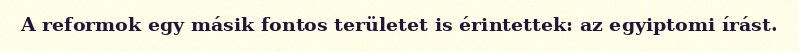
A reformok egy másik fontos területet is érintettek: az egyiptomi írást.